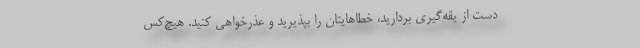
دست از یقه‌گیری بردارید، خطاهایتان را بپذیرید و عذرخواهی کنید. هیچ‌کس